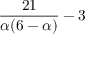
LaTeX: { \frac { 2 1 } { \alpha ( 6 - \alpha ) } } - 3